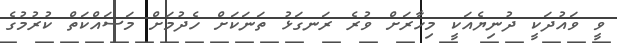
ވީ ވައުދަކީ ދުނިޔެއަކީ މިހާރަށް ވުރެ ރަނގަޅު ތަނަކަށް ހެދުމަށް މަސައްކަތް ކުރުމުގެ